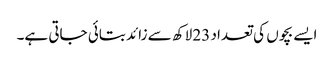
ایسے بچوں کی تعداد 23 لاکھ سے زائد بتائی جاتی ہے۔